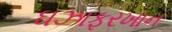
ઘઝાફરખાન